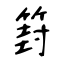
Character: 篈